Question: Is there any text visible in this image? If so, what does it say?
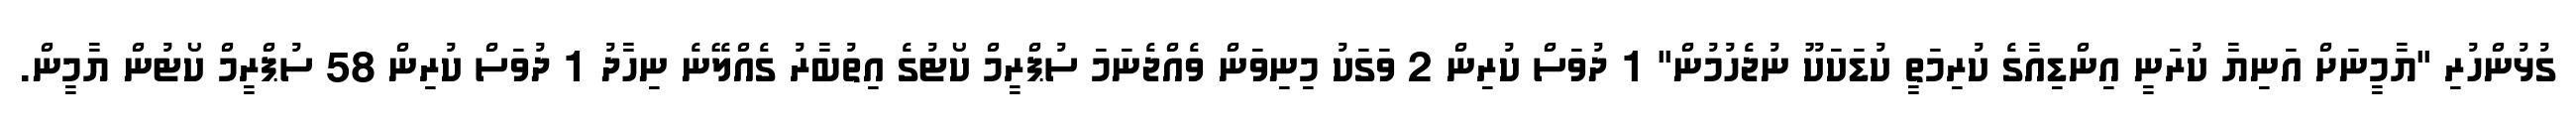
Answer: ގުޅުންހުރި "ޔާމީނަށް އަނިޔާ ކުރަނީ އިންޑިއާގެ ކުރިމަތީ ކުޑަކަކޫ ނުޖެހުމުން" 1 ދުވަސް ކުރިން 2 ވަގަކު މިނިވަން ވެއްޖެނަމަ ސުޕްރީމް ކޯޓުގެ އިތުބާރު ގެއްލޭނެ ނިހާދު 1 ދުވަސް ކުރިން 58 ސުޕްރީމް ކޯޓުން ޔާމީން.